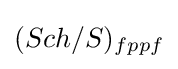
(Sch/S)_{fppf}